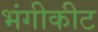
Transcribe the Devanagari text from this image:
भंगीकीट